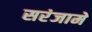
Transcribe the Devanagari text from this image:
सरंजामे